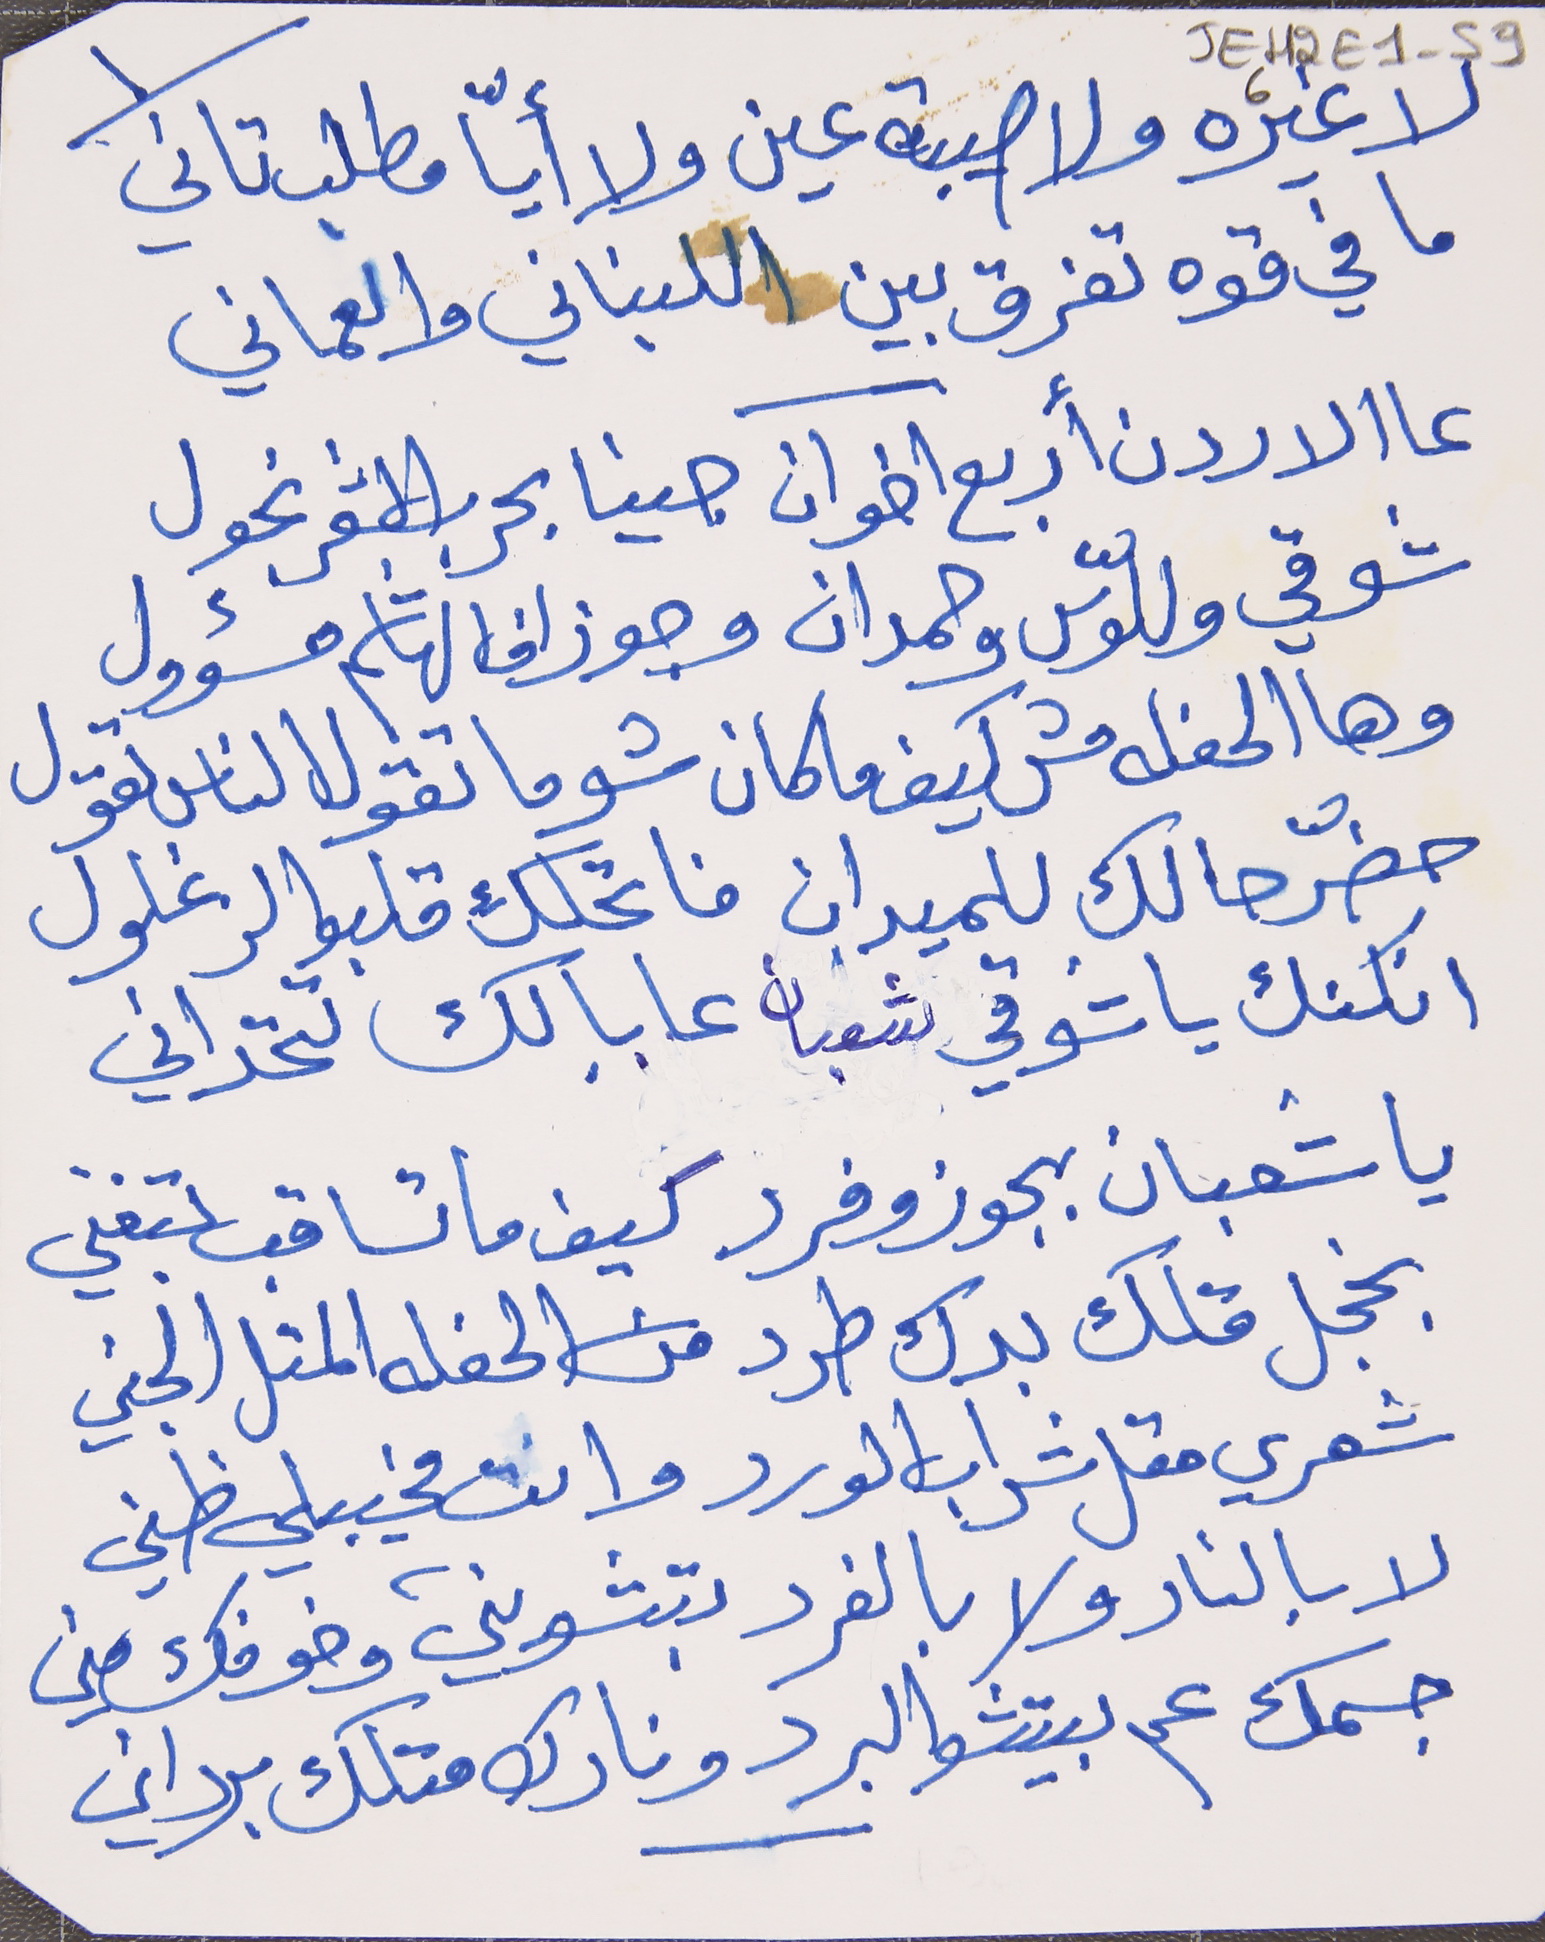
لا غيره ولا صيبة عين     ولا أيّا مطلب تاني
 ما في قوه تفرق بين     اللبناني والعماني
عا الاردن أربع اخوان     جينا بحرب الشعر نجول
شوقي وللّوس وحمدان     وجوزاف الهاشم مسؤول
وهالحفلة مش كيف ما كان     شوما تقول الناس تقول
حضّر حالك للميدان      فاتحلك قلبوا الزغلول
انكنك يا شوقي شعبان      عا بالك تتحداني
يا شعبان بجوز وفرد     كيف ما تساقب بتغني
بخجل قلك بدك طرد     من الحفله المتل الجني
شعري متل شراب الورد     وانت مخيبلي ظني
لا بالنار ولا بالفرد      بتشويني وخوفك مني
جسمك عم بيتشو البرد     ونارك متلك برداني
JEH2E1-596
١